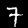
Label: 7